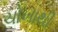
ચોખાથી